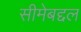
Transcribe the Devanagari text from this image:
सीमेबद्दल